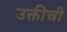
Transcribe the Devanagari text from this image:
उक्तीची